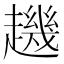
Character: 䟇